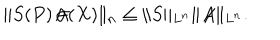
LaTeX: \| S ( P ) \! \not \! \! A ( X ) \| _ { n } \le \| S \| _ { L ^ { n } } \| \! \not \! \! A \| _ { L ^ { n } } .